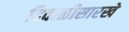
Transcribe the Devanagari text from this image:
दिवाळीसारखे